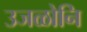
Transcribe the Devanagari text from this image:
उजळोनि